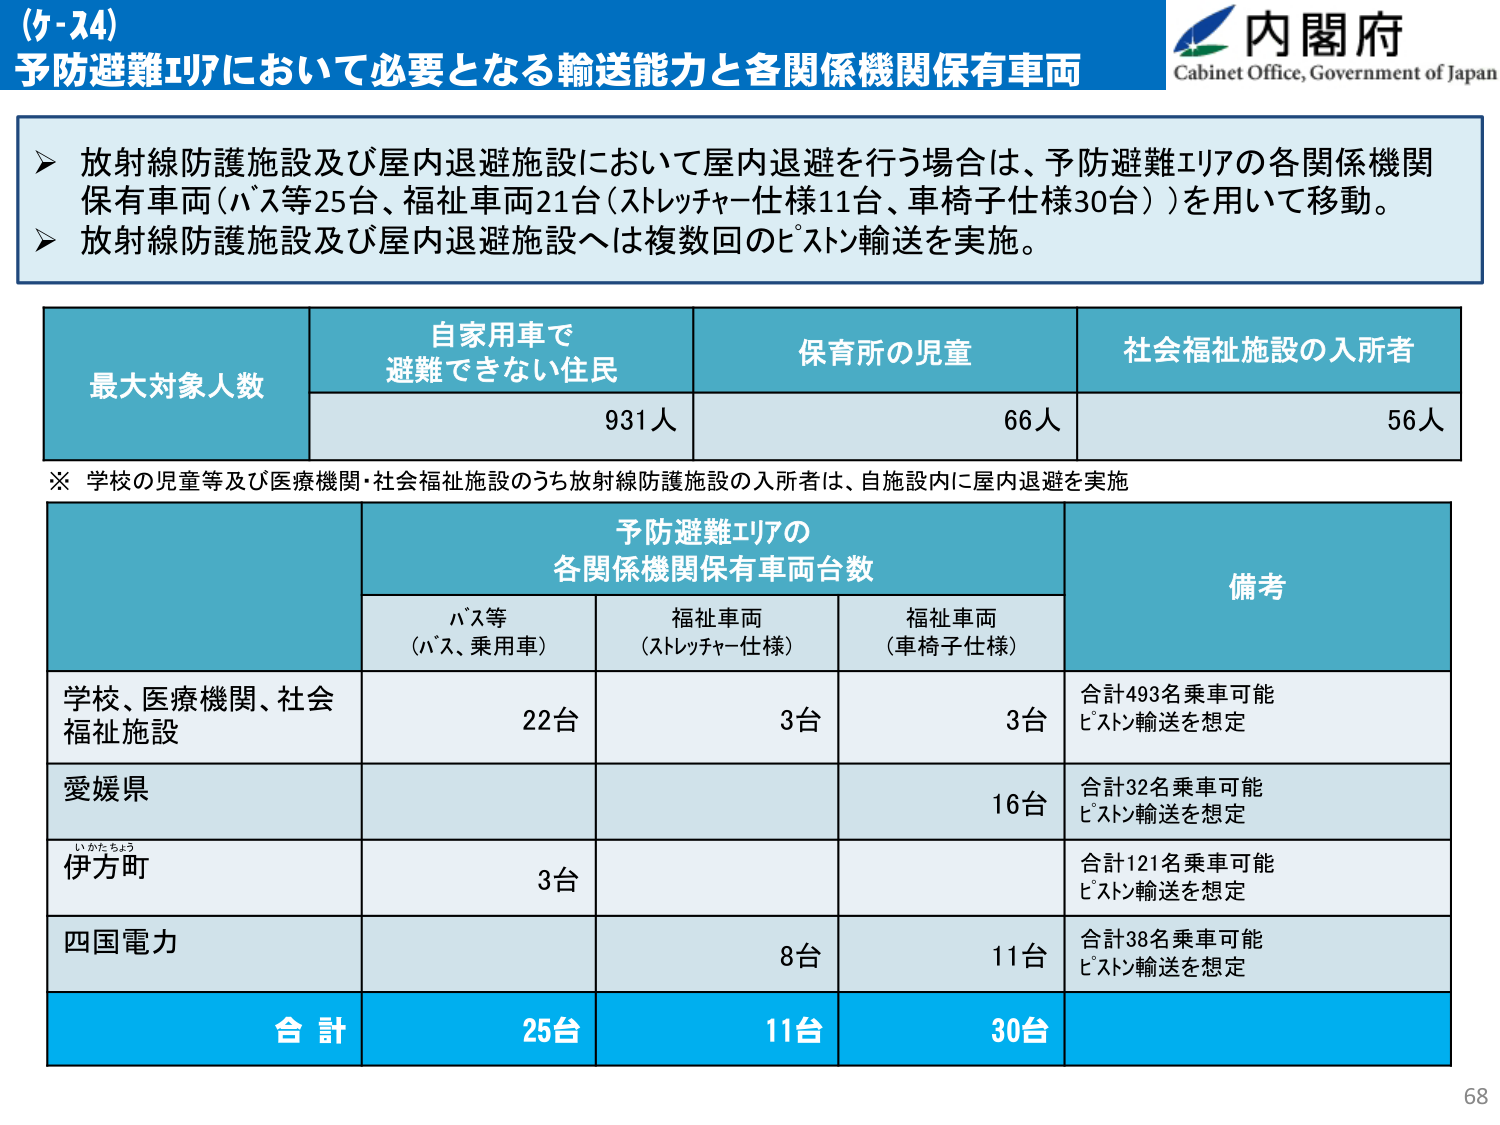
(ケ-ス4)
予防避難エリアにおいて必要となる輸送能力と各関係機関保有車両

内閣府
Cabinet Office, Government of Japan

▶ 放射線防護施設及び屋内退避施設において屋内退避を行う場合は、予防避難エリアの各関係機関保有車両（バス等25台、福祉車両21台（ストレッチャー仕様11台、車椅子仕様30台））を用いて移動。
▶ 放射線防護施設及び屋内退避施設へは複数回のピストン輸送を実施。

最大対象人数
自家用車で避難できない住民
保育所の児童
社会福祉施設の入所者
931人
66人
56人

※ 学校の児童等及び医療機関・社会福祉施設のうち放射線防護施設の入所者は、自施設内に屋内退避を実施

予防避難エリアの
各関係機関保有車両台数
備考
バス等（バス、乗用車）
福祉車両（ストレッチャー仕様）
福祉車両（車椅子仕様）
学校、医療機関、社会福祉施設
22台
3台
3台
合計493名乗車可能 ピストン輸送を想定
愛媛県
16台
合計32名乗車可能 ピストン輸送を想定
伊方町（いかたちょう）
3台
合計121名乗車可能 ピストン輸送を想定
四国電力
8台
11台
合計38名乗車可能 ピストン輸送を想定
合計
25台
11台
30台

68